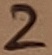
Text: 2